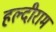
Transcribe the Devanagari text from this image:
हल्दीराम